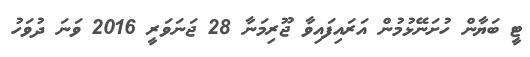
ޓީ ބަޔާން ހުށަނޭޅުމުން އަރައިފައިވާ ޖޫރިމަނާ 28 ޖަނަވަރީ 2016 ވަނަ ދުވަހު